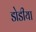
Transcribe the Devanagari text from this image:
डोडीया